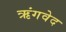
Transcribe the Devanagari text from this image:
ऋंगवेद